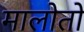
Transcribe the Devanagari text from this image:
मालोतो